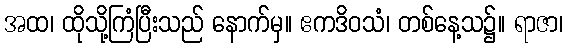
အထ၊ ထိုသို့ကြံပြီးသည် နောက်မှ။ ဧကဒိဝသံ၊ တစ်နေ့သ၌။ ရာဇာ၊